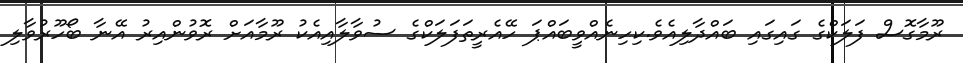
ރޫމާގޮސް ފަލަކްގެ ގައިގައި ބައްދާލިއެވެ.ކިހިނެއްވީބައްޕަ ހޭއެރީތަފަލަކްގެ ސުވާލާއިއެކު ރޫމާއަށް ރޮވުންއިރު އޭނާ ބޯހޫރުވާލި